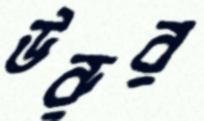
উরুর